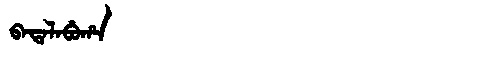
Manchu: ᠪᠠᡨᠠᠯᠠᠪᡠᡥᠠ
Romanization: BATALABUHA